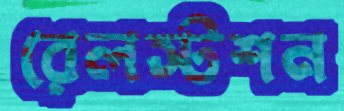
রেলস্টশন